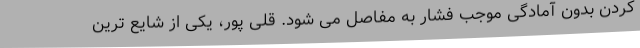
کردن بدون آمادگی موجب فشار به مفاصل می شود. قلی پور، یکی از شایع ترین